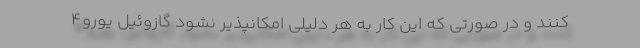
کنند و در صورتی که این کار به هر دلیلی امکانپذیر نشود گازوئیل یورو۴